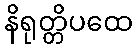
နိရုတ္တိပထေ